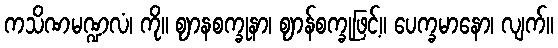
ကသိဏမဏ္ဍလံ၊ ကို။ ဈာနစက္ခုနာ၊ ဈာန်စက္ခုဖြင့်။ ပေက္ခမာနော၊ လျက်။